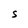
Character: S